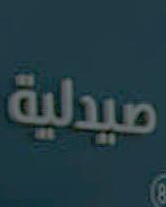
صيدلية